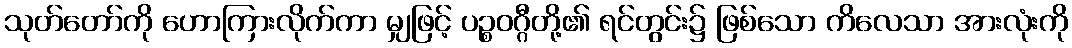
သုတ်တော်ကို ဟောကြားလိုက်ကာ မျှဖြင့် ပဉ္စဝဂ္ဂီတို့၏ ရင်တွင်း၌ ဖြစ်သော ကိလေသာ အားလုံးကို